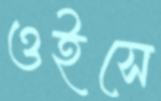
ওইসে